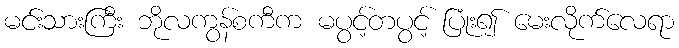
မင်းသားကြီး ဘိုလကွန်စကီက မပွင့်တပွင့် ပြုံး၍ မေးလိုက်လေရာ